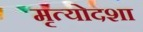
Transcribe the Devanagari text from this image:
मृत्योदशा